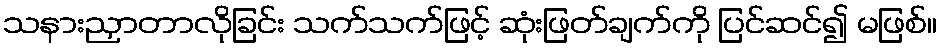
သနားညှာတာလိုခြင်း သက်သက်ဖြင့် ဆုံးဖြတ်ချက်ကို ပြင်ဆင်၍ မဖြစ်။